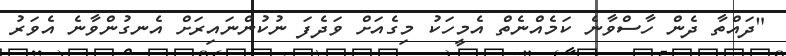
"ދައްތާ ދެން ހާސްވާނެ ކަމެއްނެތް އެމީހަކު މިގެއަށް ވަދެފަ ނުކުންނައިރަށް އެނގުންވާނެ އެވަރު